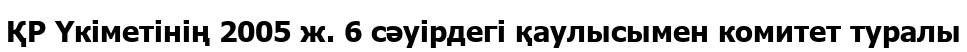
ҚР Үкіметінің 2005 ж. 6 сәуірдегі қаулысымен комитет туралы